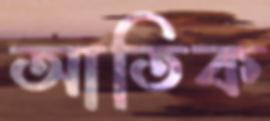
আতিক